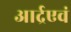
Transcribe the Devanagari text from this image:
आर्द्रएवं